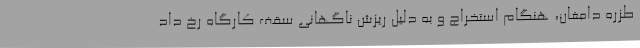
طزره دامغان، هنگام استخراج و به دلیل ریزش ناگهانی سقف کارگاه رخ داد